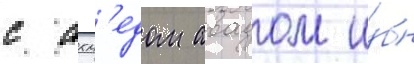
с ахм'едом авадом и́бн